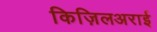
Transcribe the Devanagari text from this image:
किज़िलअराई